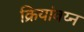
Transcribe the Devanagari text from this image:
क्रियांवय्न